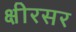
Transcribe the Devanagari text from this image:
क्षीरसर